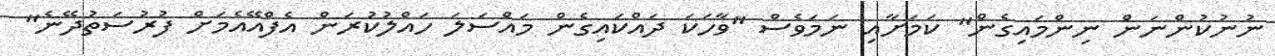
ނުނުކުންނަން ނިންމައިގެން" ކަމަށާއި ނަމަވެސް "ވާހަކަ ދައްކައިގެން މައްސަލަ ހައްލުކުރަން އެފްއޭއެމަށް ފުރުސަތުދޭނެ"